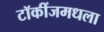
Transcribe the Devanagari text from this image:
टॉकींजमधला